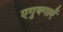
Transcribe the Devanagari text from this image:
एगुक्गाएँ